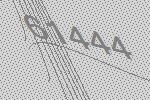
61444